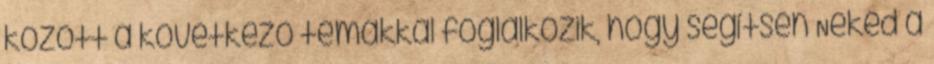
között a következő témákkal foglalkozik, hogy segítsen Neked a